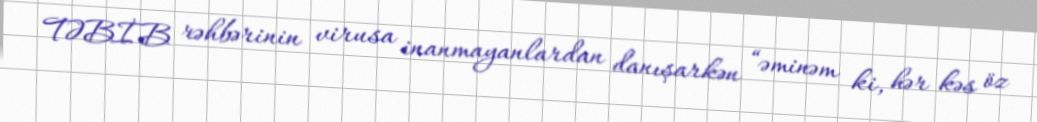
TƏBİB rəhbərinin virusa inanmayanlardan danışarkən “əminəm ki, hər kəs öz